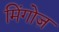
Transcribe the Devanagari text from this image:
मिंगोज़